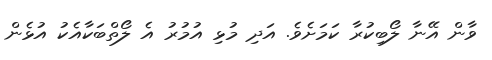
ވާން އޭނާ ލޯބިކުރާ ކަމަށެވެ. އަދި މުޅި އުމުރު އެ ލޯތްބަކާއެކު އުޅެން